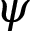
\boldsymbol { \psi }